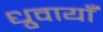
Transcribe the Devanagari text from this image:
ध्रुवायाँ